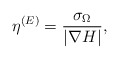
\begin{align*}\eta^{(E)}=\frac{\sigma_{\Omega}}{|\nabla H|},\end{align*}